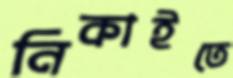
নিকাইতে